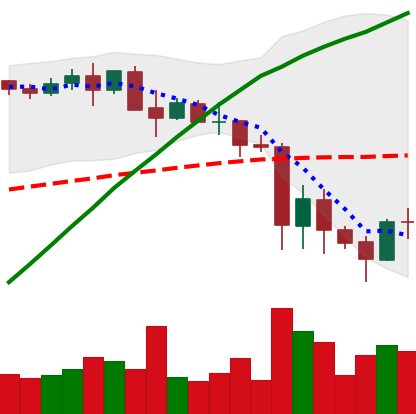
Ticker: BNB-USD
Chart end date: 2021-05-25
Forward return: -5.327%
Label: down_5_7